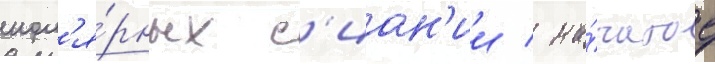
пол'я́рных с'иан'ии / на́чатое